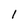
Character: 1